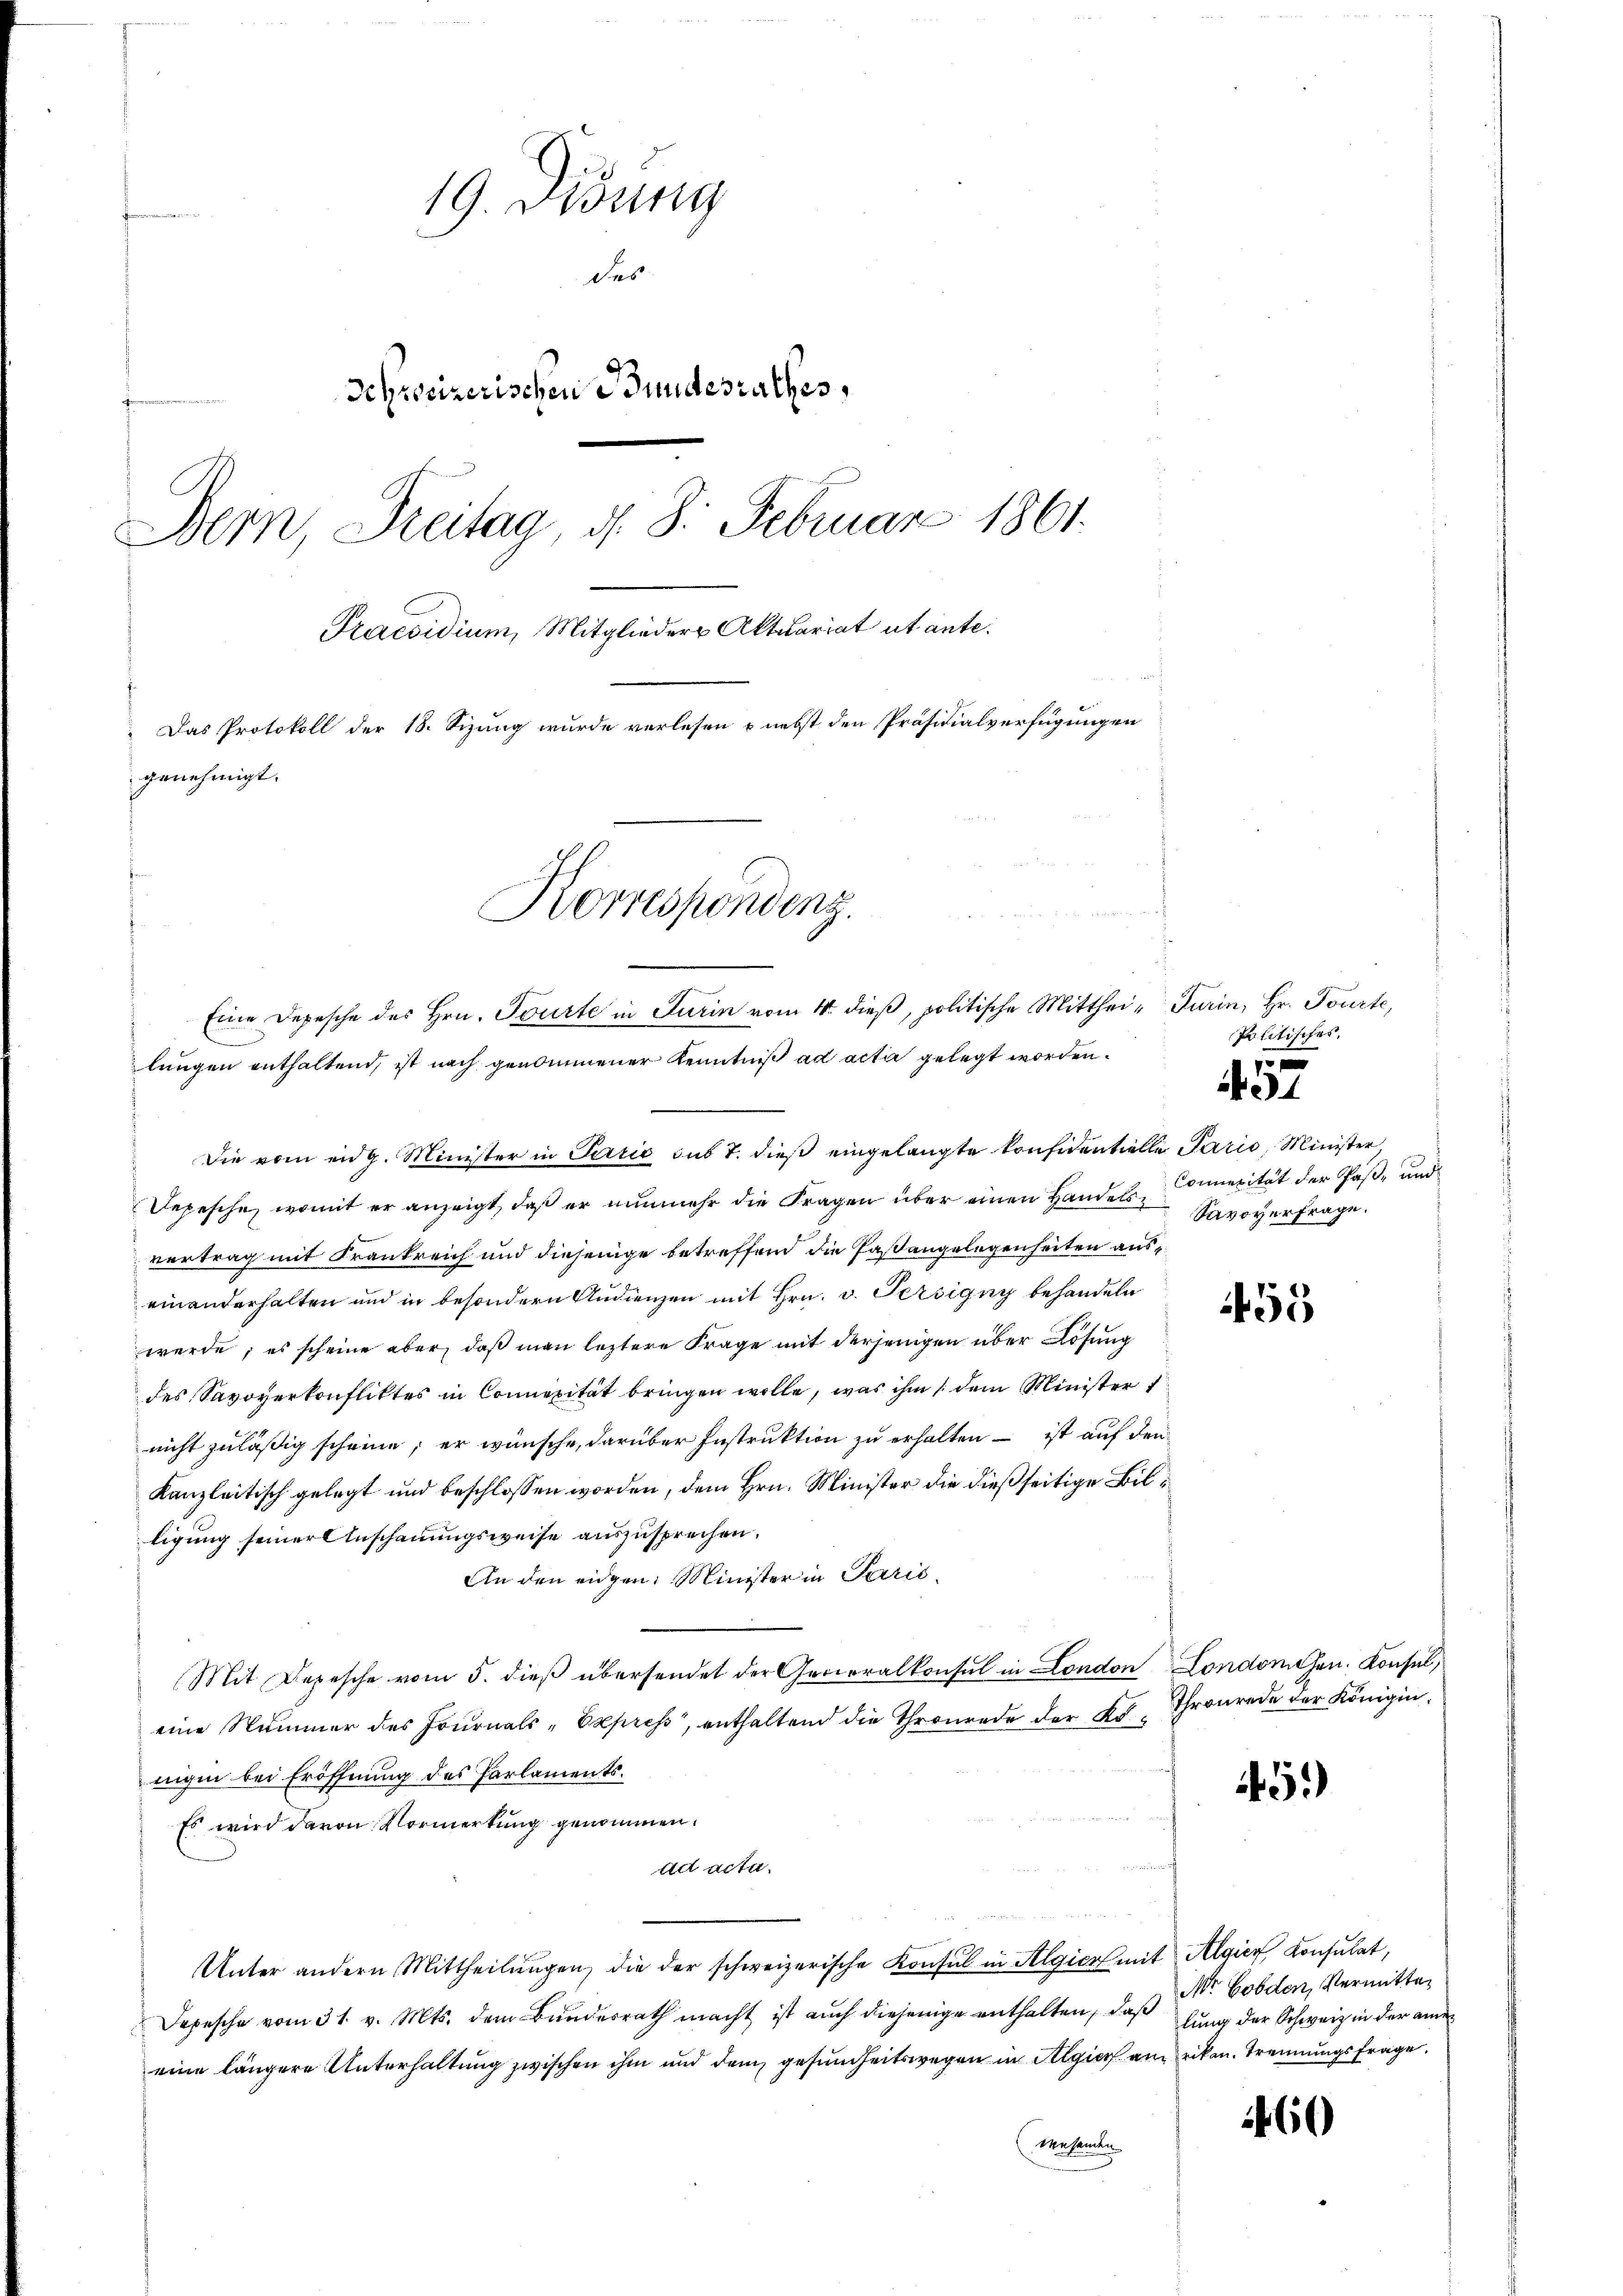
19. Didung
des
Schweizerischen Bundesrathes,
Bern, Freitag, d. 8. Februar 1861.
Praesidium, Mitglieder Aktuariat ut ante¬
Das Protokoll der 18. Sizung wurde verlesen – nebst den Präsidialverfügungen
genehmigt.
Korrespondenz.

lungen enthaltend, ist nach genommener Kenntniß ad actir gelegt worden.
Die vom eidg. Minister in Terrić sub 7. dieß eingelangte Konfidentielle Parić, Minister
Depesche, womit er anzeigt, daß er nunmehr die Fragen über einen Handels Connerität der Paße und
vertrag mit Frankreich und diejenige betreffend die Paßangelegenheiten auseinanderhalten und in besondern Audienzen mit Hrn. v. Persigny behandeln
werde; es scheine aber, daß man leztere Frage mit derjenigen über Lösung
des Savoyerkonfliktes in Concepität bringen wolle, was ihm / dem Minister
nicht zuläßig scheine; er wünsche, darüber Instruktion zu erhalten – ist auf den
Kanzleitisch gelegt und beschlossen worden, dem Hrn. Minister die dießseitige Biltigung seiner Anschauungsweise auszusprechen.
An den eidgen. Minister in Paris¬
Mit Depesche vom 5. dieß übersendet der Generalkonsul in London Londonehen. Konsul,
eine Nummer des Journals-Express, enthaltend die Thronrade der Kr., Thronrede der Königinnigen bei Eröffnung des Parlaments¬
Es wird davon Vormerkung genommen.
ad acta.
Unter andern Mittheilŭngen, die der schweizerische Konsul in Algier mit Algier Konsulat,
Depesche vom 31. v. Mts. dem Bundesrath macht ist auch diejenige enthalten, daß
eine längere Unterhaltung zwischen ihm und dem gesundheitswegen in Algier am riken. Trennungsfrage.
Mehanden

Eine Depesche des Hrn. Tourte in Turin vom 4. dieß, politische Mitthei- Turin, Hr. Tourte,

Politisches.

1
1

Savoyerfrage.

455

5)

Nr Golden, Vermitter
lung der Schweiz in der einen

460